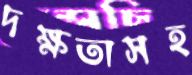
দক্ষতাসহ